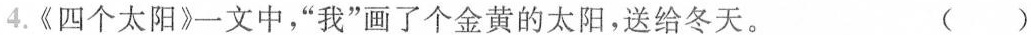
4.《四个太阳》一文中，“我”画了个金黄的太阳，送给冬天。 ( )